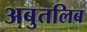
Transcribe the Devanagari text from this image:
अबुतलिब